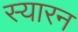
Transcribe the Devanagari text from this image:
स्यारन